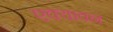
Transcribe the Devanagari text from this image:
एक्यावन